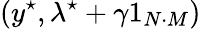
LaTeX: (y^{\star},\lambda^{\star}+\gamma 1_{N\cdot M})